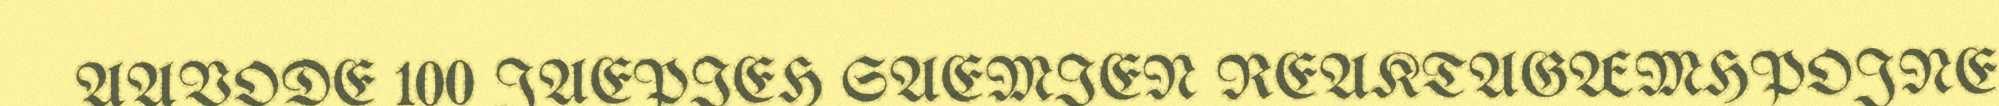
AAVODE 100 JAEPIEH SAEMIEN REAKTAGÆMHPOJNE